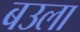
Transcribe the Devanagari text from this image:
बउला